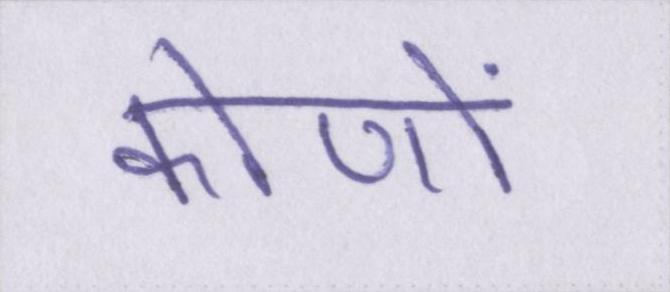
कोणों